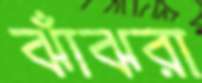
ঝাঁঝরা